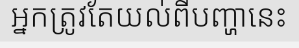
អ្នកត្រូវតែយល់ពីបញ្ហានេះ